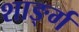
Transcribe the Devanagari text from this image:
शार्ङ्‍ग